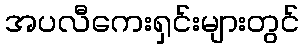
အပလီကေးရှင်းများတွင်